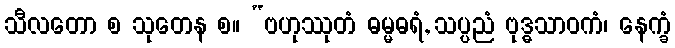
သီလတော စ သုတေန စ။ “ဗဟုဿုတံ ဓမ္မဓရံ, သပ္ပညံ ဗုဒ္ဓသာဝကံ၊ နေက္ခံ